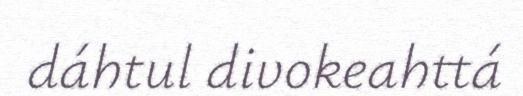
dáhtul divokeahttá